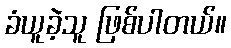
ခံယူခဲ့သူ ဖြစ်ပါတယ်။